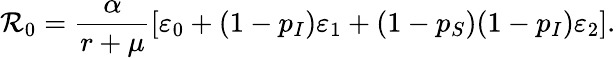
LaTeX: \mathcal{R}_{0}=\frac{\alpha}{r+\mu}[\varepsilon_{0}+(1-p_{I})\varepsilon_{1}+(1-p_{S})(1-p_{I})\varepsilon_{2}].